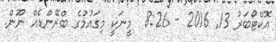
އޮކްޓޯބަރު 13